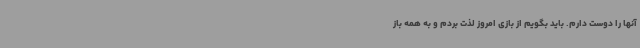
آنها را دوست دارم. باید بگویم از بازی امروز لذت بردم و به همه باز